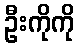
ဦးကိုကို